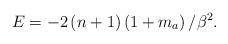
LaTeX: \begin{align*}E=-2\left( n+1\right) \left( 1+m_a\right) /\beta ^2.\end{align*}